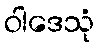
ဝါဒေသုံ